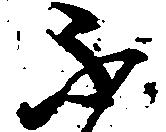
不